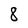
Character: 8